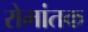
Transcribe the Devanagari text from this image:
रोमांतक